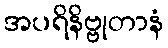
အပရိနိဗ္ဗုတာနံ